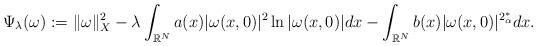
LaTeX: \begin{align*}\Psi_\lambda(\omega):=\|\omega\|_X^2-\lambda\displaystyle\int_{\mathbb{R}^N}a(x)|\omega(x,0)|^2\ln|\omega(x,0)|dx-\displaystyle\int_{\mathbb{R}^N}b(x)|\omega(x,0)|^{2_\alpha^*}dx. \end{align*}